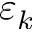
\varepsilon _ { k }